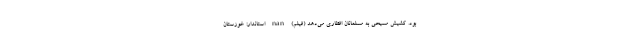
بود. کشیش مسیحی به مسلمانان افطاری می‌دهد (فیلم) nan استاندار: خوزستان